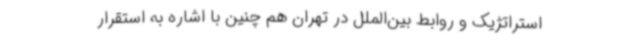
استراتژیک و روابط بین‌الملل در تهران هم چنین با اشاره به استقرار